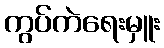
ကွပ်ကဲရေးမှူး